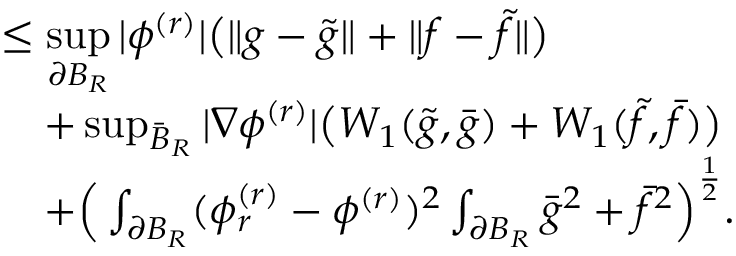
\begin{array} { r l } { \lefteqn { \le \operatorname* { s u p } _ { \partial B _ { R } } | \phi ^ { ( r ) } | \big ( \| g - \tilde { g } \| + \| f - \tilde { f } \| \big ) } } \\ & { + \operatorname* { s u p } _ { \bar { B } _ { R } } | \nabla \phi ^ { ( r ) } | \big ( W _ { 1 } ( \tilde { g } , \bar { g } ) + W _ { 1 } ( \tilde { f } , \bar { f } ) \big ) } \\ & { + \Big ( \int _ { \partial B _ { R } } ( \phi _ { r } ^ { ( r ) } - \phi ^ { ( r ) } ) ^ { 2 } \int _ { \partial B _ { R } } \bar { g } ^ { 2 } + \bar { f } ^ { 2 } \Big ) ^ { \frac { 1 } { 2 } } . } \end{array}